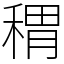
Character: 稩